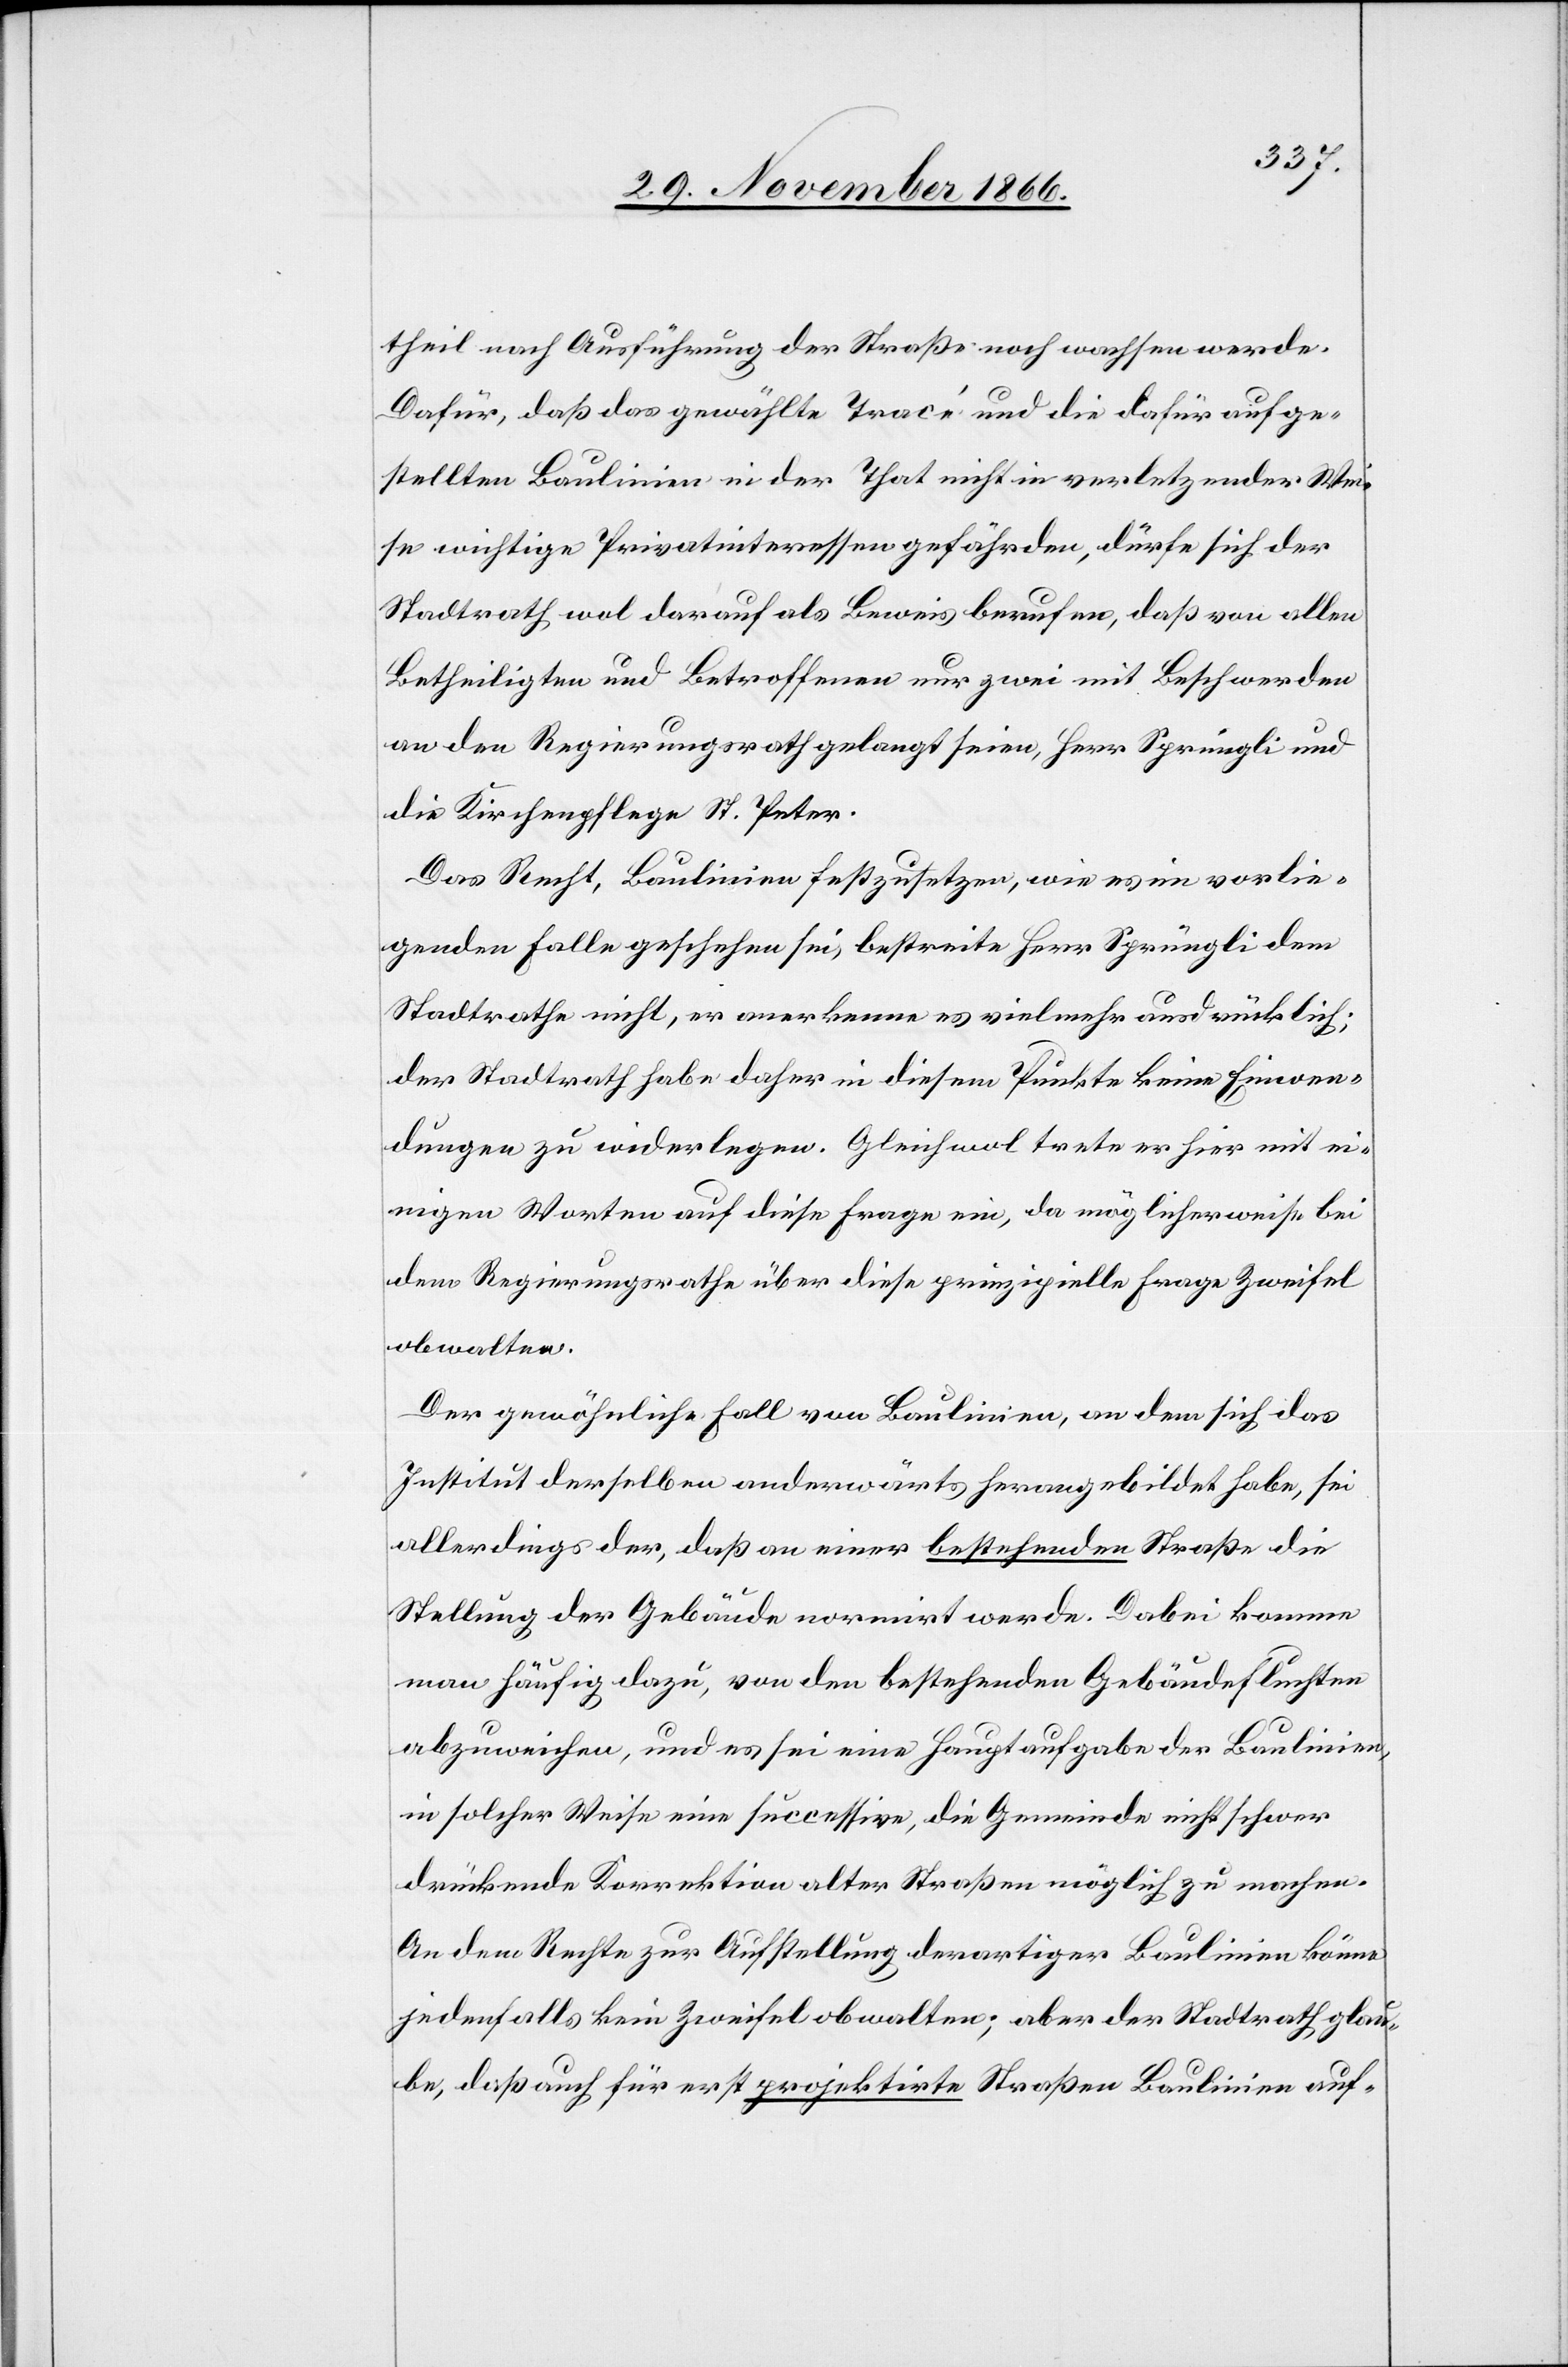
theil nach Ausführung der Straße noch wachsen werde.
Dafür, daß das gewählte Tracé und die dafür aufge¬
stellten Baulinien in der That nicht in verletzender Wei¬
se wichtige Privatinteressen gefährden, dürfe sich der
Stadtrath wol darauf als Beweis berufen, daß von allen
Betheiligten und Betroffenen nur zwei mit Beschwerden
an den Regierungsrath gelangt seien, Herr Sprüngli und
die Kirchenpflege St. Peter.
Das Recht, Baulinien festzusetzen, wie es im vorlie¬
genden Falle geschehen sei, bestreite Herr Sprüngli dem
Stadtrathe nicht, er anerkenne es vielmehr ausdrücklich;
der Stadtrath habe daher in diesem Punkte keine Einwen¬
dungen zu widerlegen. Gleichwol trete er hier mit ei¬
nigen Worten auf diese Frage ein, da möglicherweise bei
dem Regierungsrathe über diese prinzipielle Frage Zweifel
obwalten.
Der gewöhnliche Fall von Baulinien, an dem sich das
Institut derselben anderwärts herangebildet habe, sei
allerdings der, daß an einer bestehenden Straße die
Stellung der Gebäude normirt werde. Dabei komme
man häufig dazu, von den bestehenden Gebäudefluchten
abzuweichen, und es sei eine Hauptaufgabe der Baulinien,
in solcher Weise eine successive, die Gemeinde nicht schwer
drückende Korrektion alter Straßen möglich zu machen.
An dem Rechte zur Aufstellung derartiger Baulinien könne
jedenfalls kein Zweifel obwalten; aber der Stadtrath glau¬
be, daß auch für erst projektirte Straßen Baulinien auf-